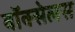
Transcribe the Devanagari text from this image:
वॉक्सेलस